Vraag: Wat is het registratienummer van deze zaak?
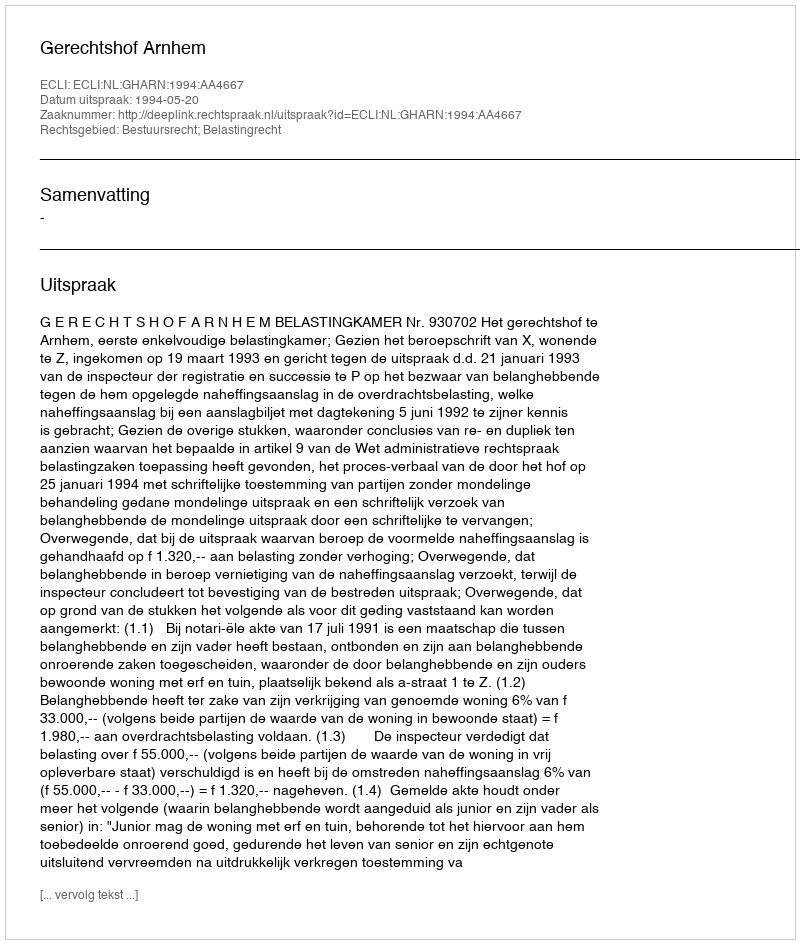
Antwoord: http://deeplink.rechtspraak.nl/uitspraak?id=ECLI:NL:GHARN:1994:AA4667